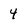
Character: 4